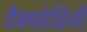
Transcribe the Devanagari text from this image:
टैक्सोडिनी